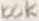
Text: 100K